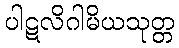
ပါဋလိဂါမိယသုတ္တ